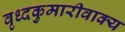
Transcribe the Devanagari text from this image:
वृध्दकुमारीवाक्य